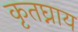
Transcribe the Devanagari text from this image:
कृतघ्नाय